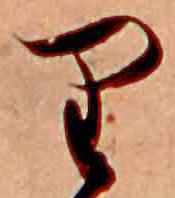
り